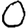
Digit: 0